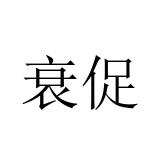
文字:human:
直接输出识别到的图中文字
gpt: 衰促